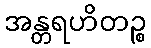
အန္တရဟိတဉ္စ